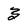
Character: 3